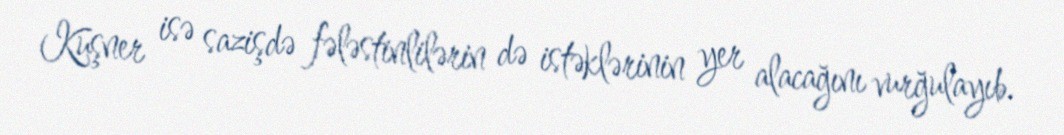
Kuşner isə sazişdə fələstinlilərin də istəklərinin yer alacağını vurğulayıb.